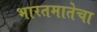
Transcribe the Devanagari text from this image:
भारतमातेचा